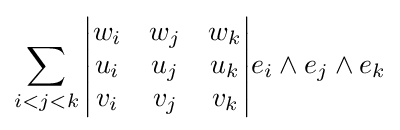
\sum _{i<j<k}{\begin{vmatrix}w_{i}&w_{j}&w_{k}\\u_{i}&u_{j}&u_{k}\\v_{i}&v_{j}&v_{k}\\\end{vmatrix}}{e}_{i}\wedge {e}_{j}\wedge {e}_{k}